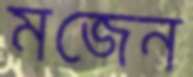
মজেন